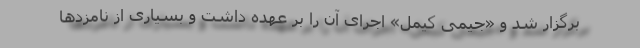
برگزار شد و «جیمی کیمل» اجرای آن را بر عهده داشت و بسیاری از نامزدها